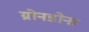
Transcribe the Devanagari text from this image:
ग्रोनडोना